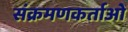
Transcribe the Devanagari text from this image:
संक्रमणकर्ताओं